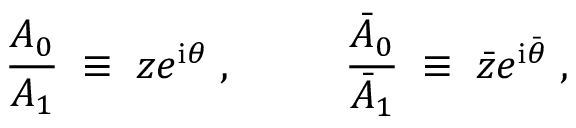
\frac { A _ { 0 } } { A _ { 1 } } \; \equiv \; z e ^ { \mathrm { i } \theta } \; , ~ ~ ~ ~ ~ ~ ~ ~ \frac { \bar { A } _ { 0 } } { \bar { A } _ { 1 } } \; \equiv \; \bar { z } e ^ { \mathrm { i } \bar { \theta } } \; ,